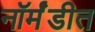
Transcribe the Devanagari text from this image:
नॉर्मंडीत